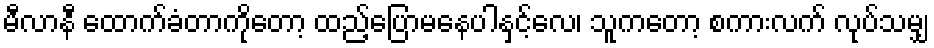
မီလာနီ ထောက်ခံတာကိုတော့ ထည့်ပြောမနေပါနှင့်လေ၊ သူကတော့ စကားလက် လုပ်သမျှ